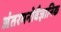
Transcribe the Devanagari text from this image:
अंतरमनोवैज्ञानिक